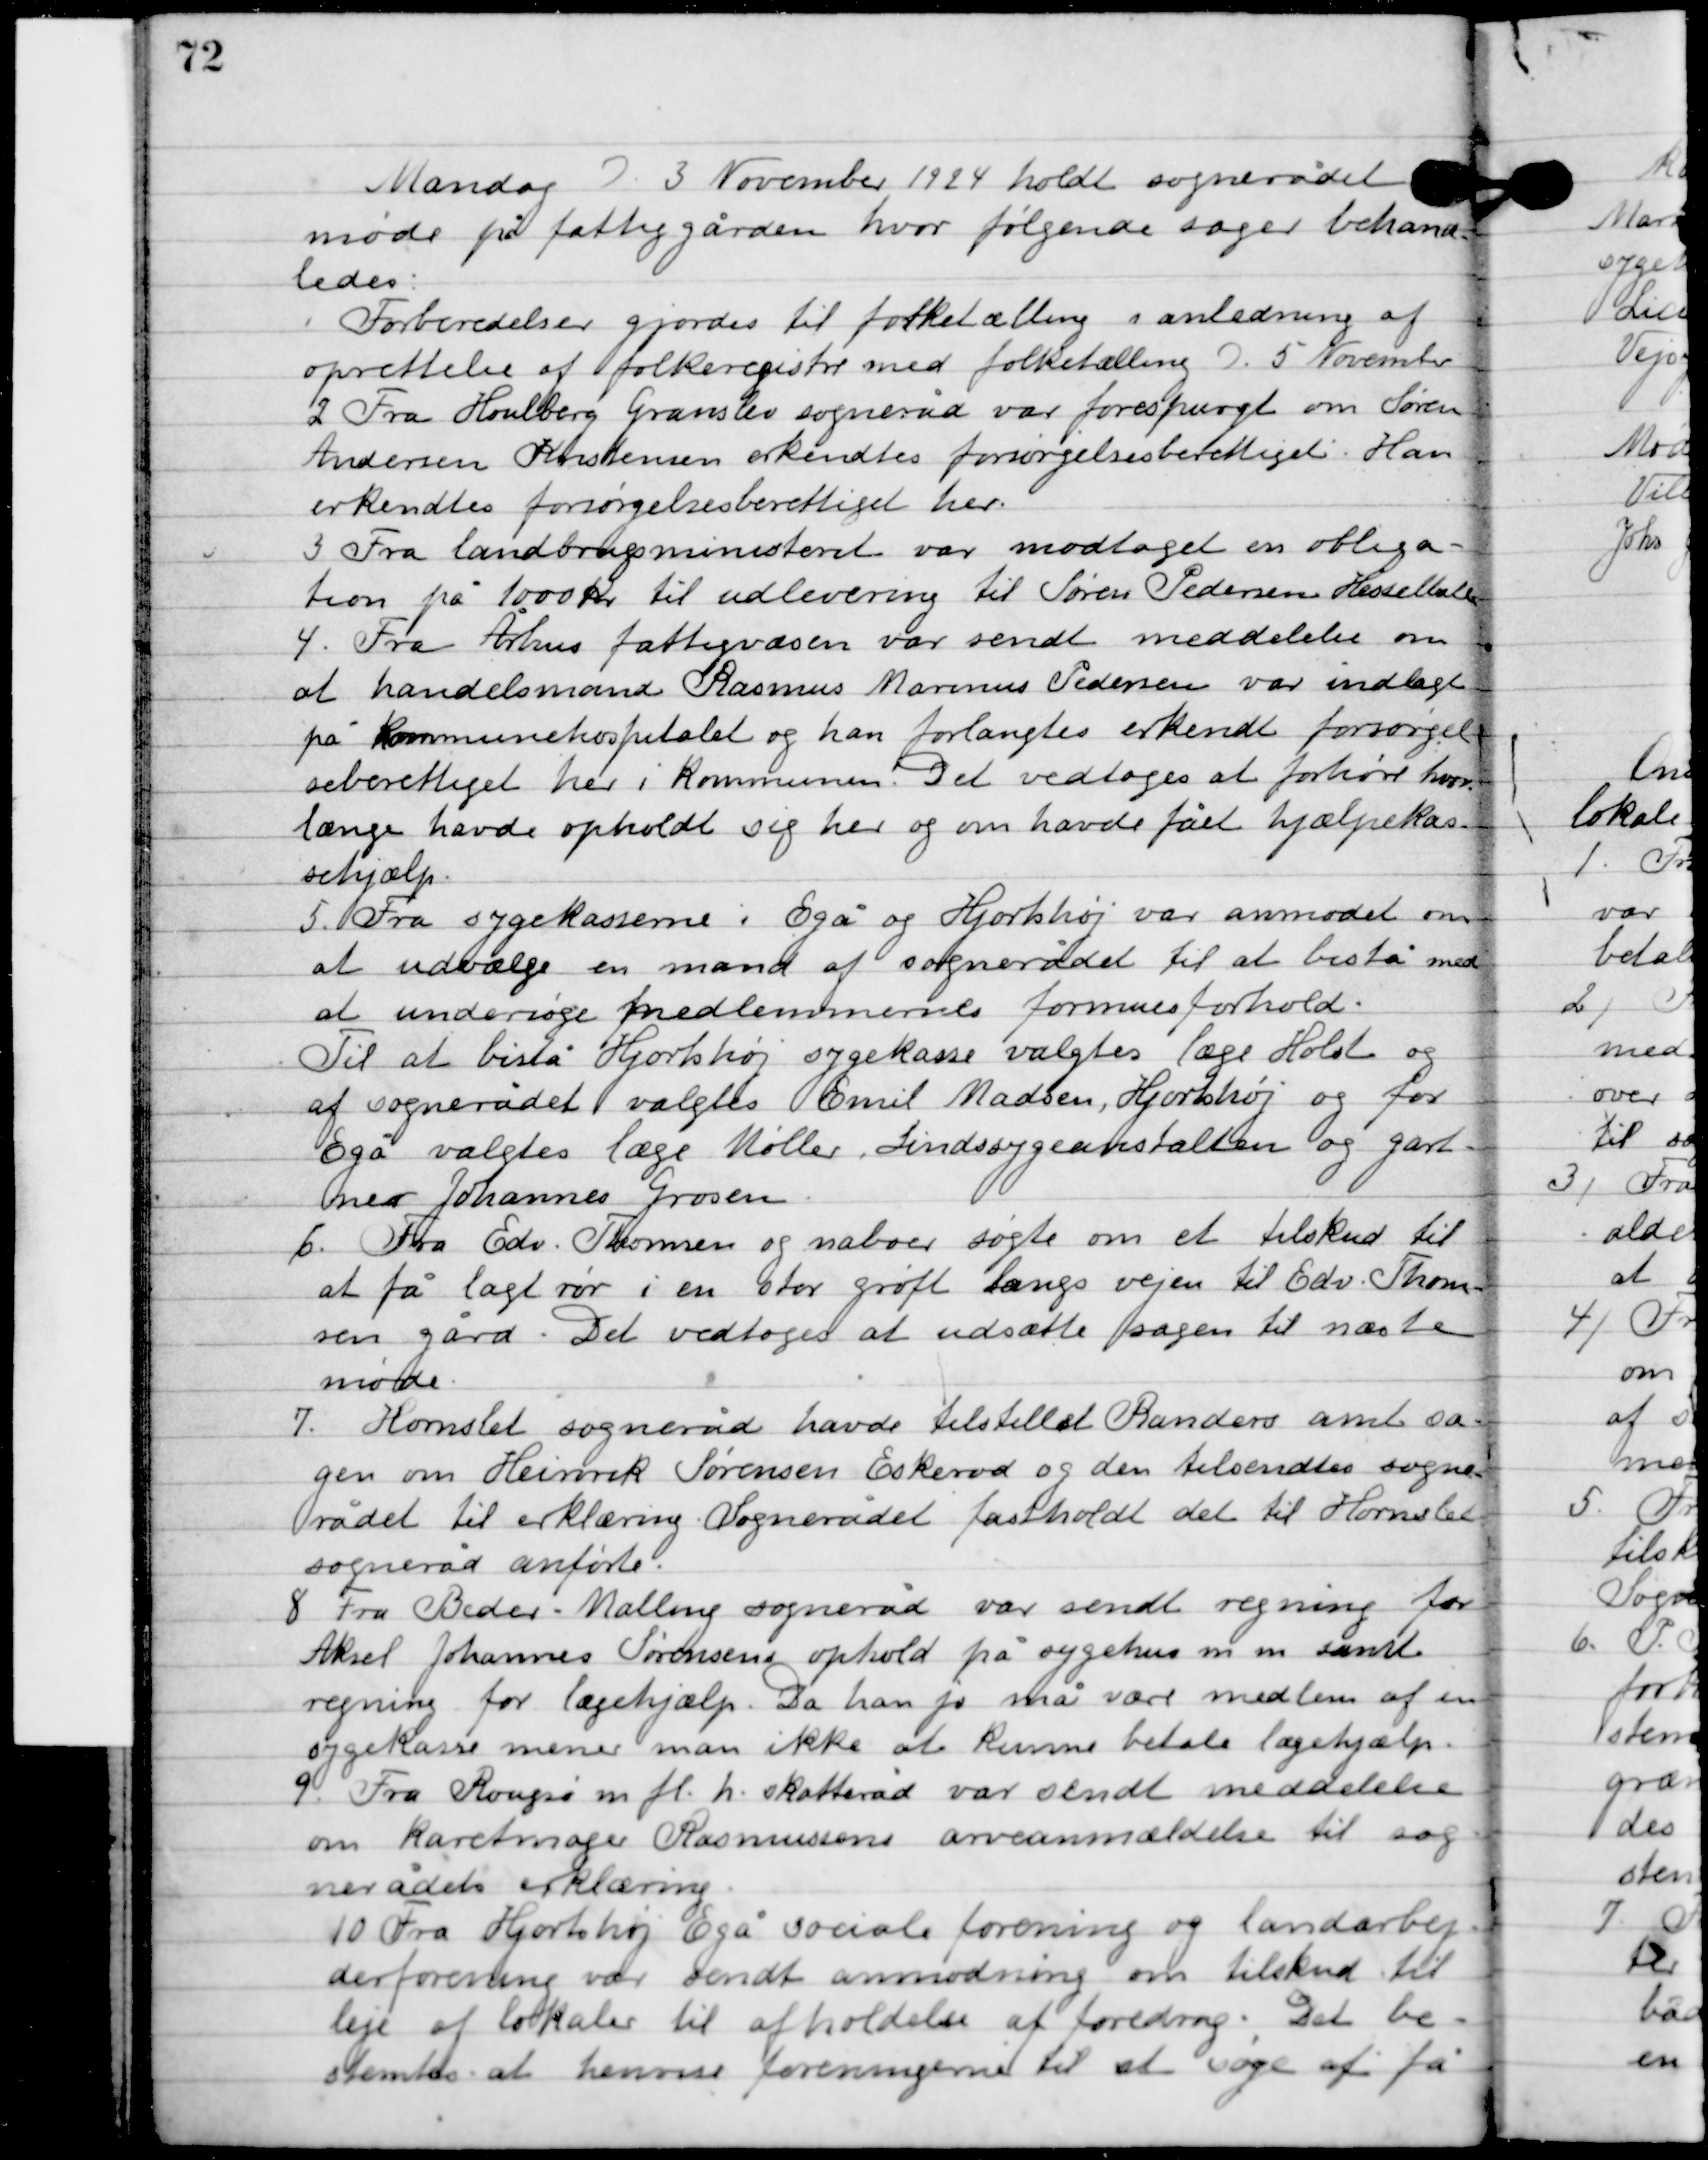
Transskription:
Mandag D. 3. November 1924 holdt sognerådet
møde på fattiggården, hvor følgende sager behand-
ledes.

1

Forberedelser gjorder til folketælling i anledning af
oprettelse af folkeregistre med folketælling D. 5. November.

2

Fra Houlberg Granslev sogneråd var forespurgt om Søren
Andersen Kristensen erkendtes forsørgelsesberettiget. Han
erkendtes forsørgelsesberettiget her.

3

Fra landbrugsministeriet var modtaget en obliga-
tion på 1000 kr. til udlevering til Søren Pedersen Hesselballe.

4

Fra Århus fattigvæsen var sendt meddelelse om
at handelsmand Rasmus Marius Pedersen var indlagt
på kommunehospitalet og han forlangtes erkendt forsørgel-
sesberettiget her i kommunen. Det vedtoges at forhøre hvor
længe havde opholdet sig her og om havde fået hjælpekas-
sehjælp.

5

Fra sygekasserne i Egå og Hjortshøj var anmodet om
at udvælge en mand af sognerådet til at bistå med
at undersøge medlemmernes formue forhold.
Til at bistå Hjortshøj sygekasse valgtes læge Holst og
af sognerådets valgtes Emil Madsen, Hjortshøj og for
Egå valgtes læge Møller, Sindssygeanstalten og gart-
ner Johannes Grosen.

6

Fra Edv. Thomsen og naboer søgte om et tilskud til
at få lagt rør i en stor grøft langs vejen til Edv. Thom-
sens gård. Det vedtoges at udsætte sagen til næste
møde.

7

Hornslet sogneråd havde tilstillet Randers amt sa-
gen om Heinrik Sørensens Eskerod og den tilsendtes sogne-
rådet til erklæring. Sognerådet fastholdt det til Hornslet
sogneråd anførte.

8

Fra Beder-Malling sogneråd var sendt regning for
Aksel Johannes Sørensens ophold på sygehus m. m. samt
regning for lægehjælp. Da han jo må være medlem af en
 sygekasse mener man ikke at kunne betale lægehjælp.

9

Fra Rougsø m.fl.h. skatteråd var sendt meddelelse
om Karetmager Rasmussens arveanmældelse til sog-
nerådets erklæring.

10

Fra Hjortshøj Egå sociale forening og landarbej-
derforening var sendt anmodning om tilskud til
leje af lokaler til afholdelse af foredrag. Det be-
stemtes at henvise foreningerne til at søge at få